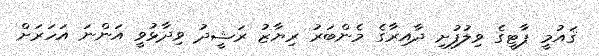
ޤައުމީ ޕާޓީގެ ވިލުފުށި ދާއިރާގެ މެންބަރު ރިޔާޒު ރަޝީދު ވިދާޅުވީ އަންނަ އަހަރަށް